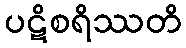
ပဋိစရိဿတိ